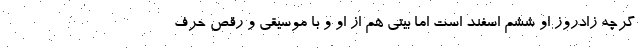
گرچه زادروز او ششم اسفند است اما بیتی هم از او و با موسیقی و رقص حرف